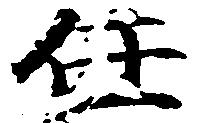
任